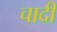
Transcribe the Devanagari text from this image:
चादी